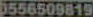
5556509819